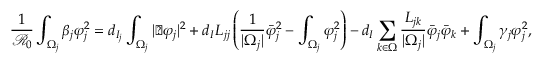
\frac { 1 } { \mathcal { R } _ { 0 } } \int _ { \Omega _ { j } } \beta _ { j } \varphi _ { j } ^ { 2 } = d _ { I _ { j } } \int _ { \Omega _ { j } } | \triangledown \varphi _ { j } | ^ { 2 } + d _ { I } L _ { j j } \left( \frac { 1 } { | \Omega _ { j } | } \bar { \varphi } _ { j } ^ { 2 } - \int _ { \Omega _ { j } } \varphi _ { j } ^ { 2 } \right) - d _ { I } \sum _ { k \in \Omega } \frac { L _ { j k } } { | \Omega _ { j } | } \bar { \varphi } _ { j } \bar { \varphi } _ { k } + \int _ { \Omega _ { j } } \gamma _ { j } \varphi _ { j } ^ { 2 } ,